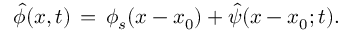
\hat { \phi } ( x , t ) \, = \, \phi _ { s } ( x - x _ { 0 } ) + \hat { \psi } ( x - x _ { 0 } ; t ) .